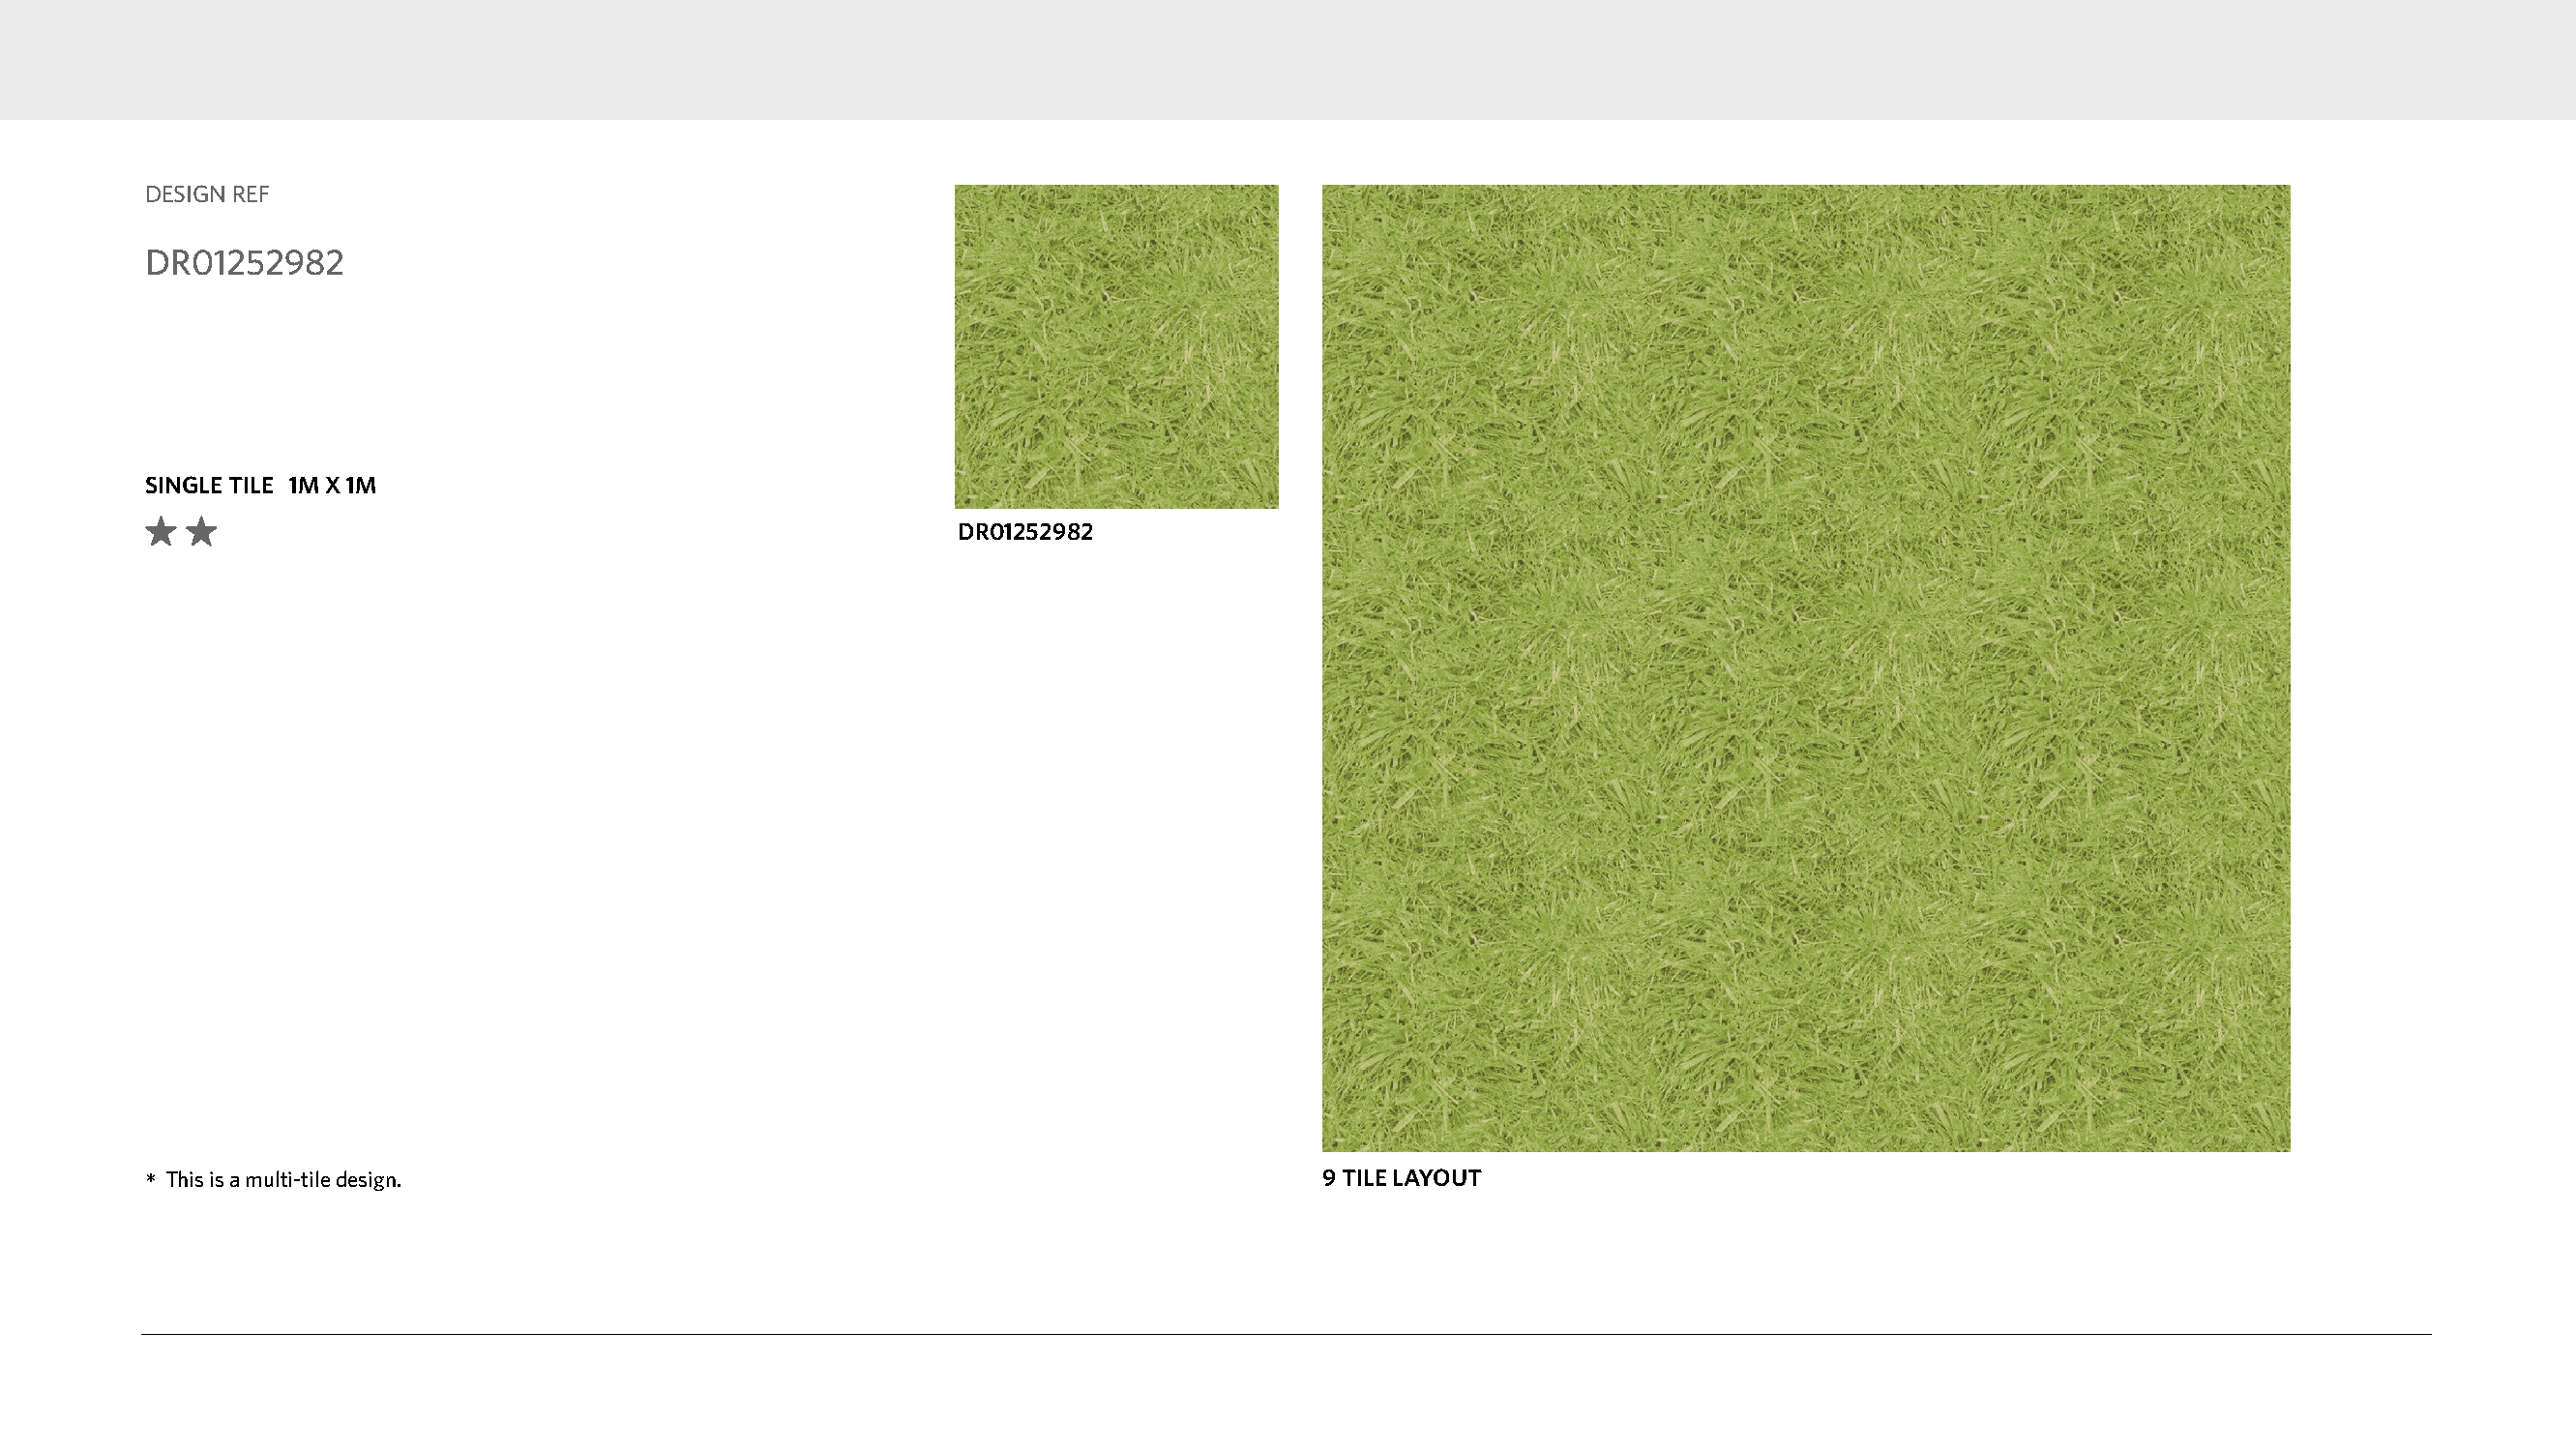
DESIGN REF
 DR01252982
 SINGLE TILE 1M X 1M
 DR01252982
 *This is a multi-tile design.                                                    9 TILE LAYOUT